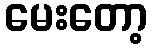
မေးတော့